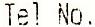
TEL NO.